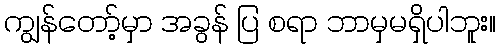
ကျွန်တော့်မှာ အခွန် ပြ စရာ ဘာမှမရှိပါဘူး။